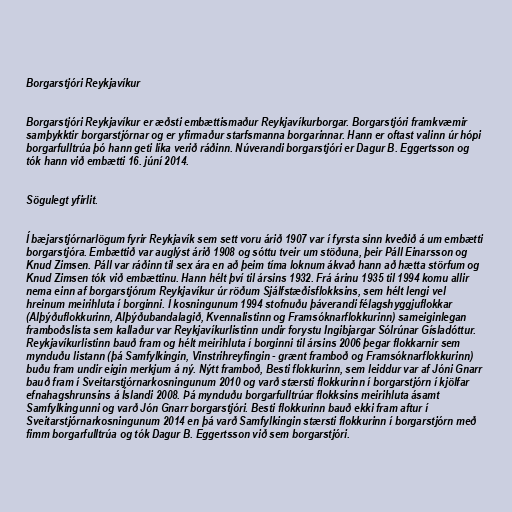
Borgarstjóri Reykjavíkur

Borgarstjóri Reykjavíkur er æðsti embættismaður Reykjavíkurborgar. Borgarstjóri framkvæmir
samþykktir borgarstjórnar og er yfirmaður starfsmanna borgarinnar. Hann er oftast valinn úr hópi
borgarfulltrúa þó hann geti líka verið ráðinn. Núverandi borgarstjóri er Dagur B. Eggertsson og
tók hann við embætti 16. júní 2014.

Sögulegt yfirlit.

Í bæjarstjórnarlögum fyrir Reykjavík sem sett voru árið 1907 var í fyrsta sinn kveðið á um embætti
borgarstjóra. Embættið var auglýst árið 1908 og sóttu tveir um stöðuna, þeir Páll Einarsson og
Knud Zimsen. Páll var ráðinn til sex ára en að þeim tíma loknum ákvað hann að hætta störfum og
Knud Zimsen tók við embættinu. Hann hélt því til ársins 1932. Frá árinu 1935 til 1994 komu allir
nema einn af borgarstjórum Reykjavíkur úr röðum Sjálfstæðisflokksins, sem hélt lengi vel
hreinum meirihluta í borginni. Í kosningunum 1994 stofnuðu þáverandi félagshyggjuflokkar
(Alþýðuflokkurinn, Alþýðubandalagið, Kvennalistinn og Framsóknarflokkurinn) sameiginlegan
framboðslista sem kallaður var Reykjavíkurlistinn undir forystu Ingibjargar Sólrúnar Gísladóttur.
Reykjavíkurlistinn bauð fram og hélt meirihluta í borginni til ársins 2006 þegar flokkarnir sem
mynduðu listann (þá Samfylkingin, Vinstrihreyfingin - grænt framboð og Framsóknarflokkurinn)
buðu fram undir eigin merkjum á ný. Nýtt framboð, Besti flokkurinn, sem leiddur var af Jóni Gnarr
bauð fram í Sveitarstjórnarkosningunum 2010 og varð stærsti flokkurinn í borgarstjórn í kjölfar
efnahagshrunsins á Íslandi 2008. Þá mynduðu borgarfulltrúar flokksins meirihluta ásamt
Samfylkingunni og varð Jón Gnarr borgarstjóri. Besti flokkurinn bauð ekki fram aftur í
Sveitarstjórnarkosningunum 2014 en þá varð Samfylkingin stærsti flokkurinn í borgarstjórn með
fimm borgarfulltrúa og tók Dagur B. Eggertsson við sem borgarstjóri.